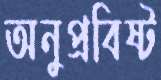
অনুপ্রবিষ্ট